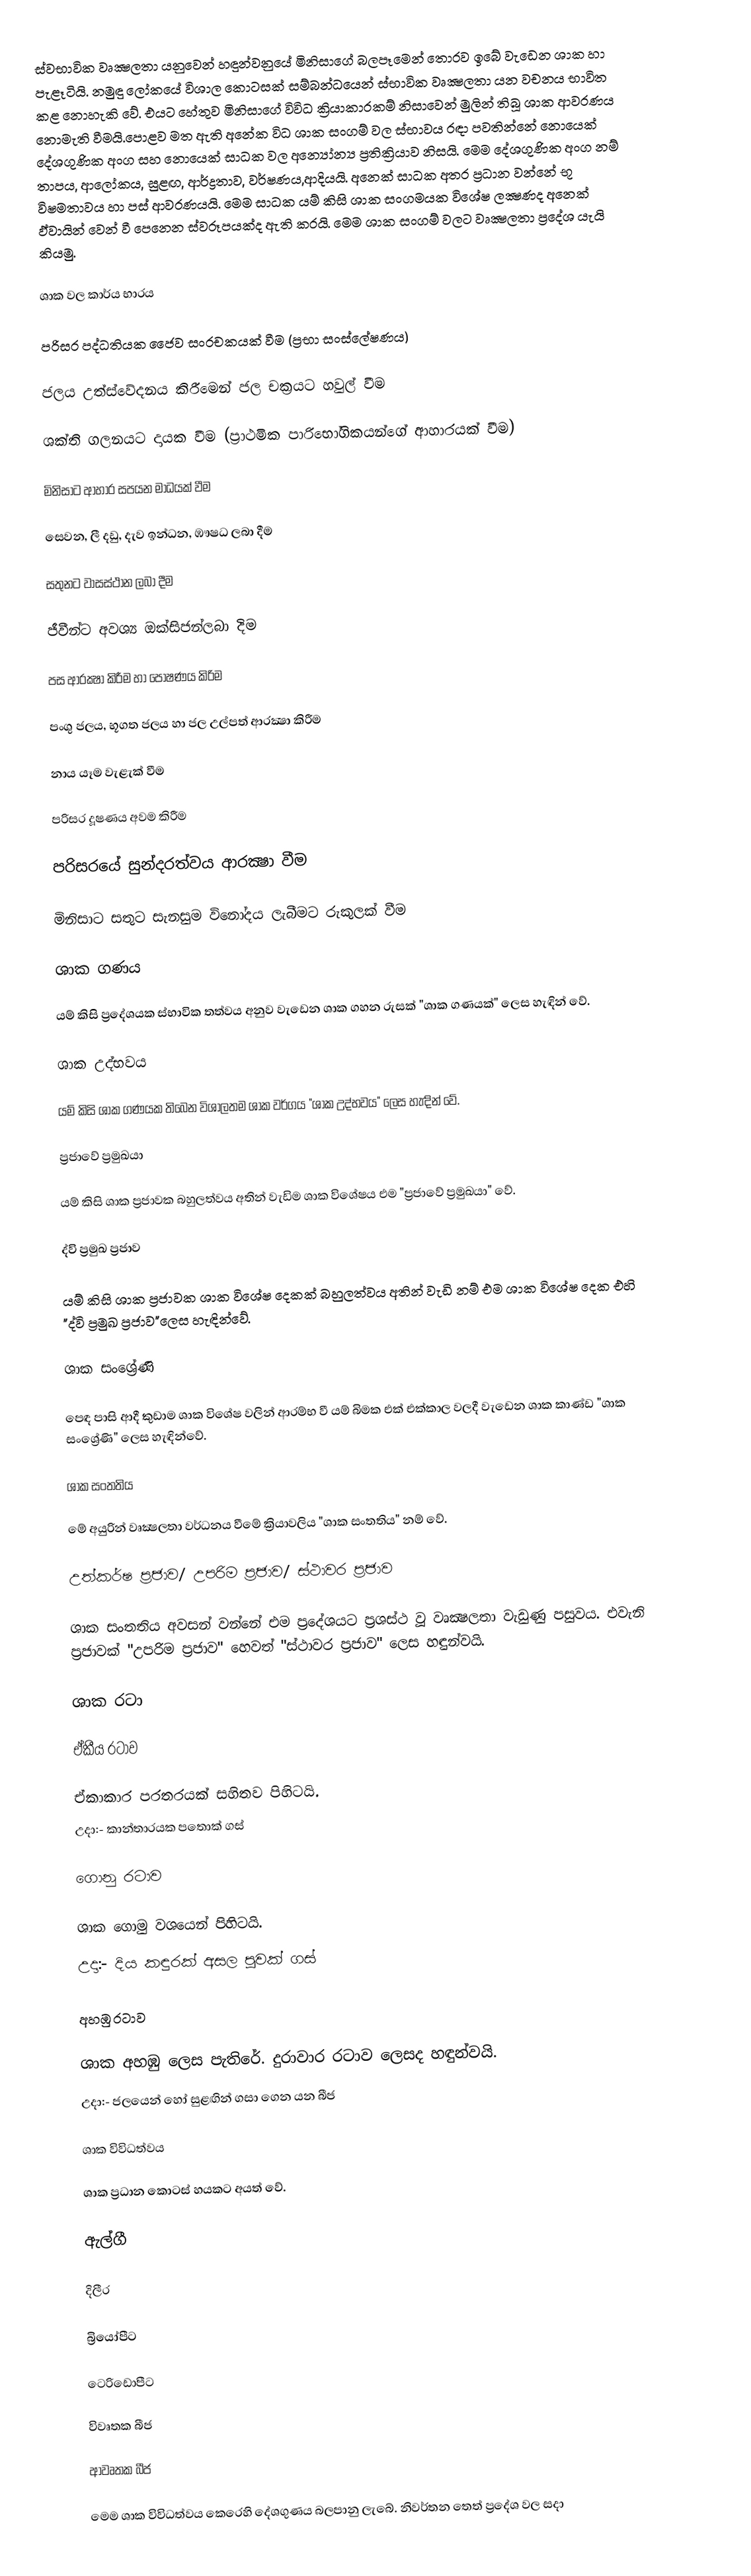
ස්වභාවික වෘක්‍ෂලතා යනුවෙන් හඳුන්වනුයේ මිනිසාගේ බලපෑමෙන් තොරව ඉබේ වැඩෙන ශාක හා පැළෑටියි. නමුඳු ලෝකයේ විශාල කොටසක් සම්බන්ධයෙන් ස්භාවික වෘක්‍ෂලතා යන වචනය භාවිත කළ නොහැකි වේ. එයට හේතුව මිනිසාගේ විවිධ ක්‍රියාකාරකම් නිසාවෙන් මුලින් තිබූ ශාක ආවරණය නොමැති වීමයි.පොළව මත ඇති අනේක විධ ශාක සංගම් වල ස්භාවය රඳා පවතින්නේ නොයෙක් දේශගුණික අංග සහ නොයෙක් සාධක වල අන්‍යෝන්‍ය ප්‍රතික්‍රියාව නිසයි. මෙම දේශගුණික අංග නම් තාපය, ආලෝකය, සුළඟ, ආර්ද්‍රතාව, වර්ෂණය,ආදියයි. අනෙක් සාධක අතර ප්‍රධාන වන්නේ භූ විෂමතාවය හා පස් ආවරණයයි. මෙම සාධක යම් කිසි ශාක සංගමයක විශේෂ ලක්‍ෂණද අනෙක් ඵ්වායින් වෙන් වී පෙනෙන ස්වරූපයක්ද ඇති කරයි. මෙම ශාක සංගම් වලට වෘක්‍ෂලතා ප්‍රදේශ යැයි කියමු.

ශාක වල කාර්ය භාරය

පරිසර පද්ධතියක ජෛව සංරචකයක් වීම (ප්‍රභා සංස්ලේෂණය)

ජලය උත්ස්වේදනය කිරීමෙන් ජල චක්‍රයට හවුල් වීම

ශක්ති ගලනයට දායක වීම (ප්‍රාථමික පාරිභෝගිකයන්ගේ ආහාරයක් වීම)

මිනිසාට ආහාර සපයන මාධයක් වීම

සෙවන, ලී දඩු, දැව ඉන්ධන, ඹෟෂධ ලබා දීම

සතුනට වාසස්ථාන ලබා දීම

ජීවීන්ට අවශ්‍ය ඔක්සිජන්ලබා දිම

පස ආරක්‍ෂා කිරීම හා පෝෂණය කිරිම

පංශු ජලය, භූගත ජලය හා ජල උල්පත් ආරක්‍ෂා කිරීම

නාය යෑම වැළැක් වීම

පරිසර දූෂණය අවම කිරීම

පරිසරයේ සුන්දරත්වය ආරක්‍ෂා වීම

මිනිසාට සතුට සැනසුම විනෝදය ලැබීමට රුකුලක් වීම

ශාක ගණය

යම් කිසි ප්‍රදේශයක ස්භාවික තත්වය අනුව වැඩෙන ශාක ගහන රුසක් "ශාක ගණයක්" ලෙස හැඳින් වේ.

ශාක උද්භවය

යම් කිසි ශාක ගණයක තිබෙන විශාලතම ශාක වර්ගය "ශාක උද්භවය" ලෙස හැඳින් වේ.

ප්‍රජාවේ ප්‍රමුඛයා

යම් කිසි ශාක ප්‍රජාවක බහුලත්වය අතින් වැඩිම ශාක විශේෂය එම "ප්‍රජාවේ ප්‍රමුඛයා" වේ.

ද්වි ප්‍රමුඛ ප්‍රජාව

යම් කිසි ශාක ප්‍රජාවක ශාක විශේෂ දෙකක් බහුලත්වය අතින් වැඩි නම් එම ශාක විශේෂ දෙක එහි "ද්වි ප්‍රමුඛ ප්‍රජාව"ලෙස හැඳින්වේ.

ශාක සංශ්‍රේණි

පෙඳ පාසි ආදී කුඩාම ශාක විශේෂ වලින් ආරම්භ වී යම් බිමක එක් එක්කාල වලදී වැඩෙන ශාක කාණ්ඩ "ශාක සංශ්‍රේණි" ලෙස හැඳින්වේ.

ශාක සංතතිය

මේ අයුරින් වෘක්‍ෂලතා වර්ධනය වීමේ ක්‍රියාවලිය "ශාක සංතතිය" නම් වේ.

උත්කර්ෂ ප්‍රජාව/ උපරිම ප්‍රජාව/ ස්ථාවර ප්‍රජාව

ශාක සංතතිය අවසන් වන්නේ එම ප්‍රදේශයට ප්‍රශස්ථ වූ වෘක්‍ෂලතා වැඩුණු පසුවය. එවැනි ප්‍රජාවක් "උපරිම ප්‍රජාව" හෙවත් "ස්ථාවර ප්‍රජාව" ලෙස හඳුන්වයි.

ශාක රටා

ඒකීය රටාව

ඒකාකාර පරතරයක් සහිතව පිහිටයි.
උදා:- කාන්තාරයක පතොක් ගස්

ගොනු රටාව

ශාක ගොමු වශයෙන් පිහිටයි.
උදා:- දිය කඳුරක් අසල පුවක් ගස්

අහඹු රටාව

ශාක අහඹු ලෙස පැතිරේ. දුරාවාර රටාව ලෙසද හඳුන්වයි.
උදා:- ජලයෙන් හෝ සුළඟින් ගසා ගෙන යන බීජ

ශාක විවිධත්වය

ශාක ප්‍රධාන කොටස් හයකට අයත් වේ.

ඇල්ගී

දිලීර

බ්‍රියෝපීට

ටෙරිඩොපීට

විවෘතක බීජ

ආවෘතක බීජ

මෙම ශාක විවිධත්වය කෙරෙහි දේශගුණය බලපානු ලැබේ. නිවර්තන තෙත් ප්‍රදේශ වල සදා